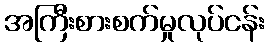
အကြီးစားစက်မှုလုပ်ငန်း